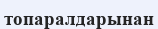
топаралдарынан